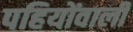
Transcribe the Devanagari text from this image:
पहियोंवाली